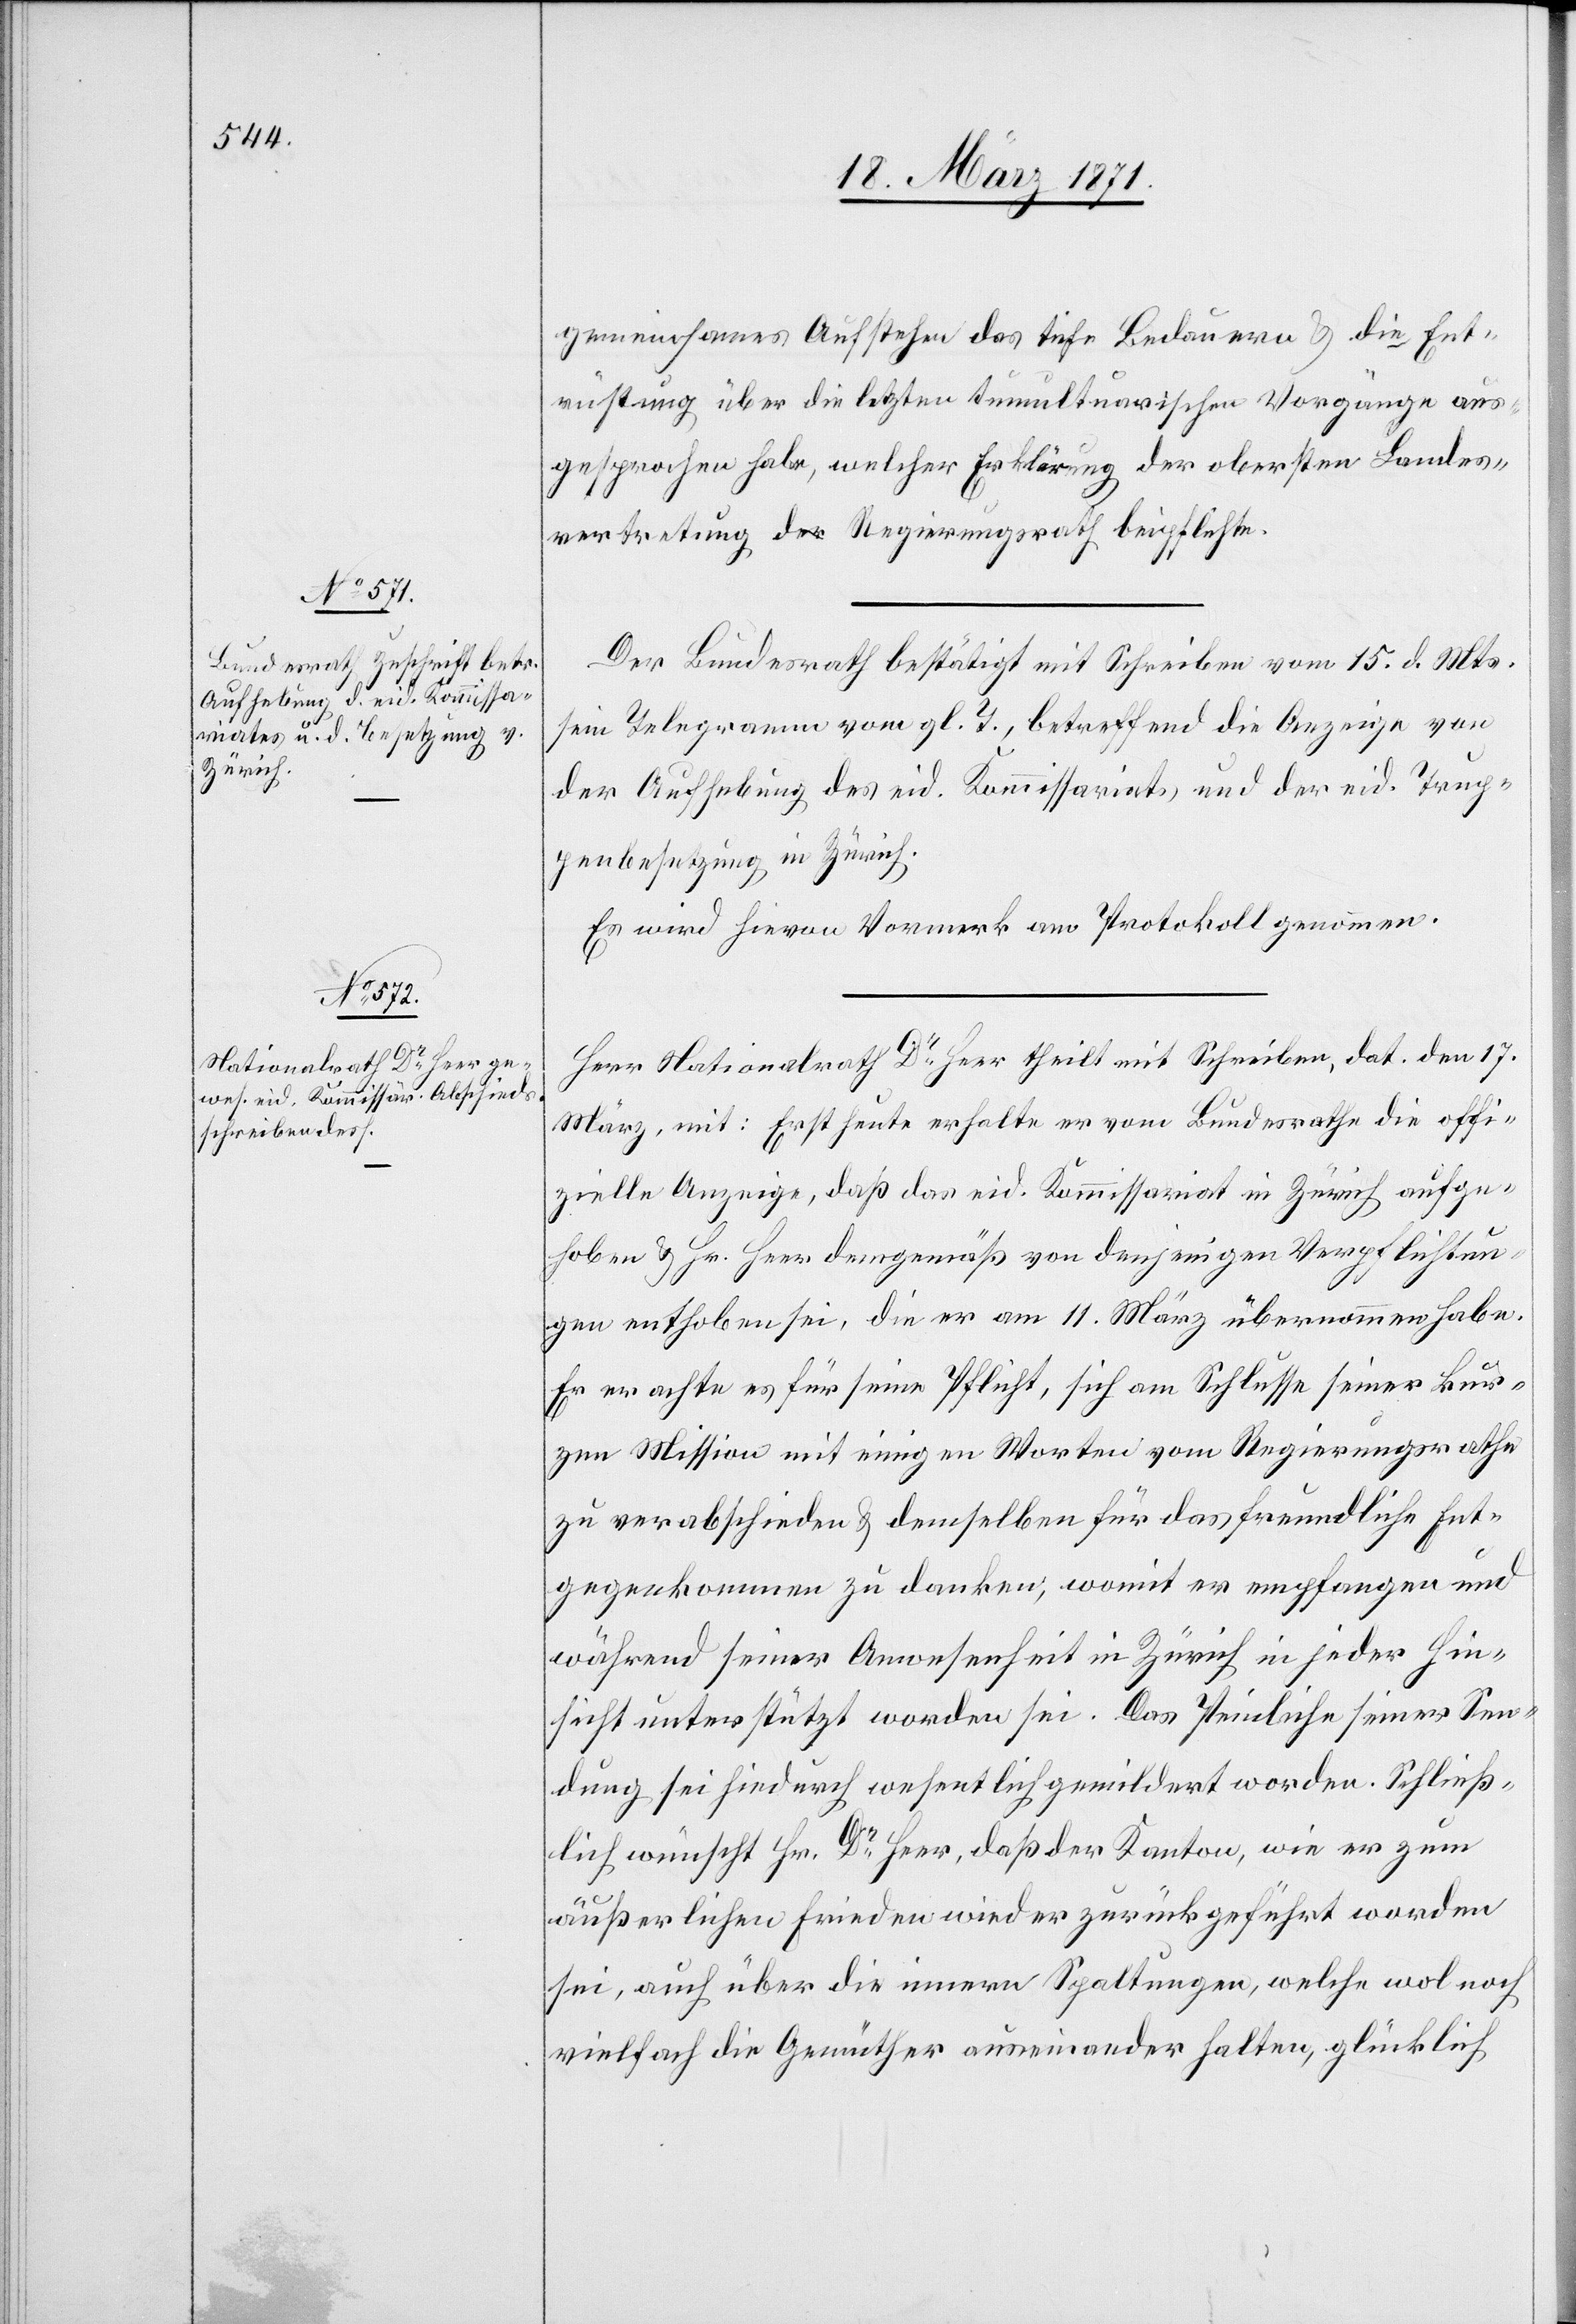
gemeinsames Aufstehen das tiefe Bedauern u. die Ent¬
rüstung über die letzten tumultuarischen Vorgänge aus¬
gesprochen habe, welcher Erklärung der obersten Landes¬
vertretung der Regierungsrath beipflichte.
Der Bundesrath bestätigt mit Schreiben vom 15. d. Mts.
sein Telegramm vom gl. T., betreffend die Anzeige von
der Aufhebung des eid. Kommissariats und der eid. Trup¬
penbesetzung in Zürich.
Es wird hievon Vormerk am Protokoll genommen.
Herr Nationalrath Dr. Heer theilt mit Schreiben, dat. den 17.
März, mit: Erst heute erhalte er vom Bundesrathe die offi¬
zielle Anzeige, daß das eid. Kommissariat in Zürich aufge¬
hoben u. Hr. Heer demgemäß von denjenigen Verpflichtun¬
gen enthoben sei, die er am 11. März übernommen habe.
Er erachte es für seine Pflicht, sich am Schlusse seiner kur¬
zen Mission mit einigen Worten vom Regierungsrathe
zu verabschieden u. demselben für das freundliche Ent¬
gegenkommen zu danken, womit er empfangen und
während seiner Anwesenheit in Zürich in jeder Hin¬
sicht unterstützt worden sei. Das Peinliche seiner Sen¬
dung sei hindurch wesentlich gemildert worden. Schließ¬
lich wünscht Hr. Dr. Heer, daß der Kanton, wie er zum
äußerlichen Frieden wieder zurückgeführt worden
sei, auch über die innere Spaltungen, welche wol noch
vielfach die Gemüther auseinander halten, glücklich